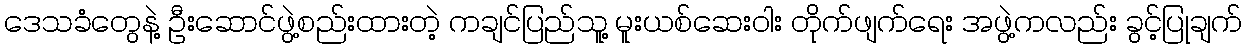
ဒေသခံတွေနဲ့ ဦးဆောင်ဖွဲ့စည်းထားတဲ့ ကချင်ပြည်သူ့ မူးယစ်ဆေးဝါး တိုက်ဖျက်ရေး အဖွဲ့ကလည်း ခွင့်ပြုချက်